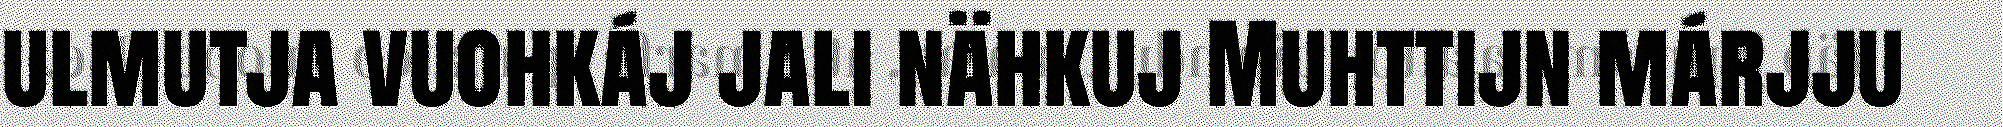
ulmutja vuohkáj jali nähkuj Muhttijn márjju